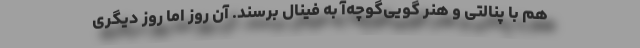
هم با پنالتی و هنر گویی‌گوچه‌آ به فینال برسند. آن روز اما روز دیگری